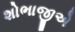
શોભાજીએ